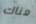
هناك